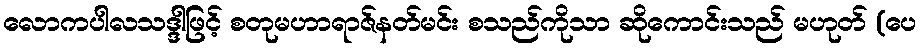
လောကပါလသဒ္ဒါဖြင့် စတုမဟာရာဇ်နတ်မင်း စသည်ကိုသာ ဆိုကောင်းသည် မဟုတ် (ပေ